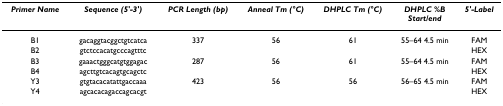
<table><thead><tr><td><b><i>Primer Name</i></b></td><td><b><i>Sequence (5&#x27;-3&#x27;)</i></b></td><td><b><i>PCR Length (bp)</i></b></td><td><b><i>Anneal Tm (°C)</i></b></td><td><b><i>DHPLC Tm (°C)</i></b></td><td><b><i>DHPLC %B </i><i>Start/end</i></b></td><td><b><i>5&#x27;-Label</i></b></td></tr></thead><tbody><tr><td>B1</td><td>gacaggtacggctgtcatca</td><td>337</td><td>56</td><td>61</td><td>55–64 4.5 min</td><td>FAM</td></tr><tr><td>B2</td><td>gtctccacatgcccagtttc</td><td></td><td></td><td></td><td></td><td>HEX</td></tr><tr><td>B3</td><td>gaaactgggcatgtggagac</td><td>287</td><td>56</td><td>61</td><td>55–64 4.5 min</td><td>FAM</td></tr><tr><td>B4</td><td>agcttgtcacagtgcagctc</td><td></td><td></td><td></td><td></td><td>HEX</td></tr><tr><td>Y3</td><td>gtgtacacatattgaccaaa</td><td>423</td><td>56</td><td>56</td><td>56–65 4.5 min</td><td>FAM</td></tr><tr><td>Y4</td><td>agcacacagaccagcacgt</td><td></td><td></td><td></td><td></td><td>HEX</td></tr></tbody></table>